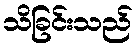
သိခြင်းသည်